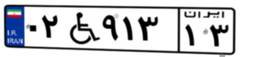
۰۲W۹۱۳۱۳